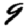
Digit: 9